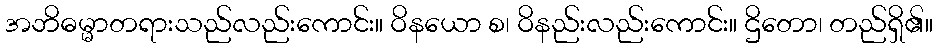
အဘိဓမ္မာတရားသည်လည်းကောင်း။ ဝိနယော စ၊ ဝိနည်းလည်းကောင်း။ ဌိတော၊ တည်ရှိ၏။